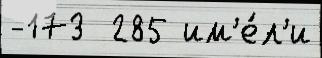
-173  285 им'е́л'и